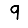
Digit: 9